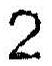
2